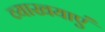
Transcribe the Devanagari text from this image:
व्याखयाएं